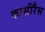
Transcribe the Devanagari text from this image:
कासीरैस